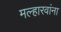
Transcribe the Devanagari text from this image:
मल्हारवांना